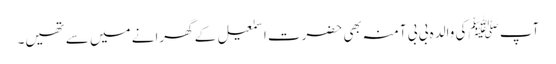
آپ ﷺکی والدہ بی بی آمنہ بھی حضرت اسمٰعیل کے گھرانے میں سے تھیں۔